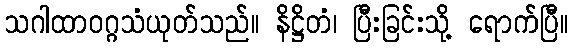
သဂါထာဝဂ္ဂသံယုတ်သည်။ နိဋ္ဌိတံ၊ ပြီးခြင်းသို့ ရောက်ပြီ။